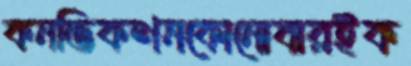
কনভিকশনকোনোবারইক